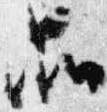
品